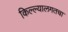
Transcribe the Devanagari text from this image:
किल्ल्यालगतचा